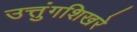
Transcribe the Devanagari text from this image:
उत्तुंगशिखरे